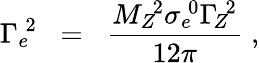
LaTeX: \Gamma_{e}\! ^{2}\; \; =\; \; \frac{M_{Z}\! ^{2}\sigma_{e}\! ^{0}{\Gamma\! _{Z}}\! ^{2}}{12\pi}\; ,